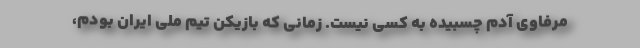
مرفاوی آدم چسبیده به کسی نیست. زمانی که بازیکن تیم ملی ایران بودم،